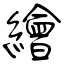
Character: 繪